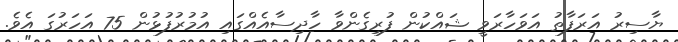
ޔާސިރު އަރަފާތު އަވަހާރަވީ ޝައްކުން ފުރިގެންވާ ހާދިސާއެއްގައި އުމުރުފުޅުން 75 އަހަރުގަ އެވެ.